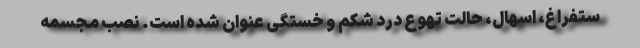
ستفراغ، اسهال، حالت تهوع درد شکم و خستگی عنوان شده است. نصب مجسمه